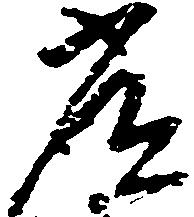
常